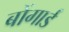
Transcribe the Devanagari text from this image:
बोंगार्ड